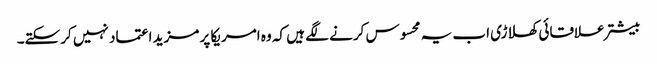
بیشتر علاقائی کھلاڑی اب یہ محسوس کرنے لگے ہیں کہ وہ امریکا پر مزید اعتماد نہیں کرسکتے۔